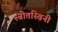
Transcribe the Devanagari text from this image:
स्त्रोतस्विनी